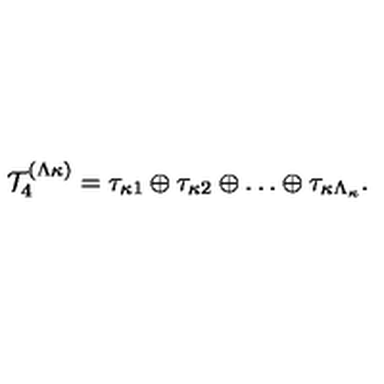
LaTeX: { \cal T } _ { 4 } ^ { ( \Lambda \kappa ) } = \tau _ { \kappa 1 } \oplus \tau _ { \kappa 2 } \oplus \ldots \oplus \tau _ { \kappa \Lambda _ { \kappa } } .